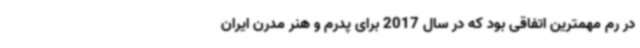
در رم مهمترین اتفاقی بود که در سال 2017 برای پدرم و هنر مدرن ایران